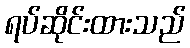
ရပ်ဆိုင်းထားသည်